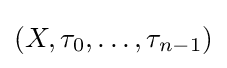
(X,\tau _{0},\dots ,\tau _{n-1})